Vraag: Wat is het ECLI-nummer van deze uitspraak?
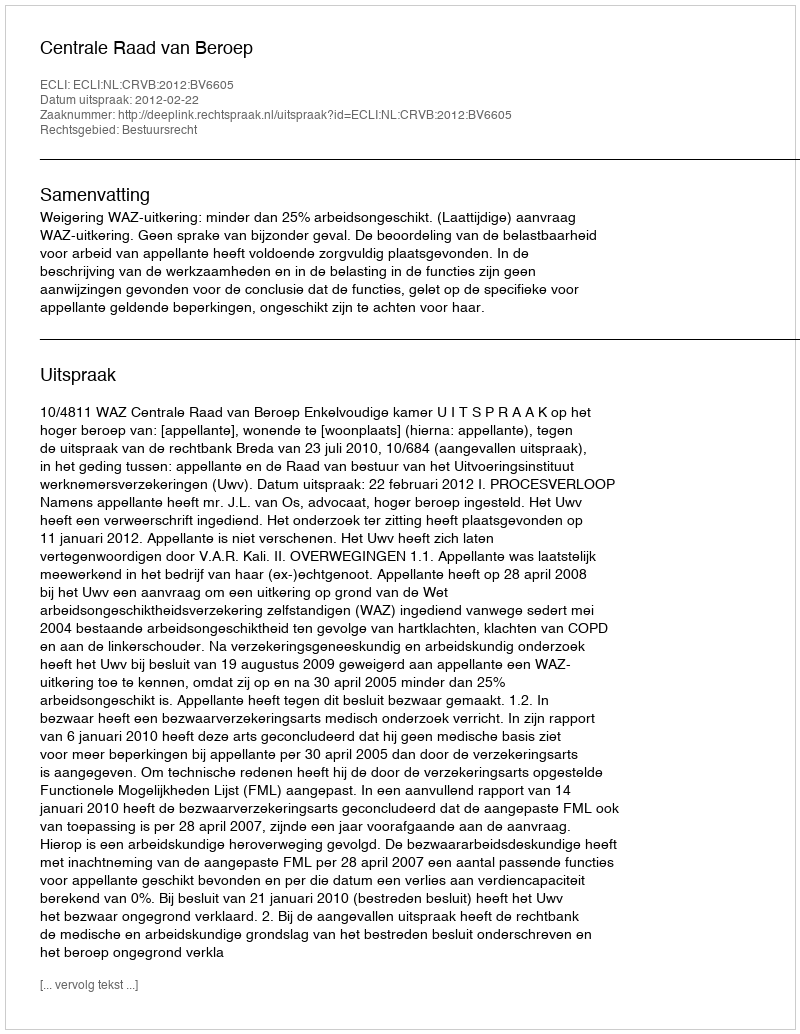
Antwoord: ECLI:NL:CRVB:2012:BV6605